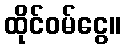
ထိုင်ဝမ်ငွေ။